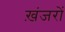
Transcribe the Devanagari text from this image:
ख़ंजरों